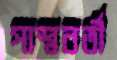
পাশ্ববর্তী